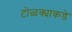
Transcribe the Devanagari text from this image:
टोळक्याकडे